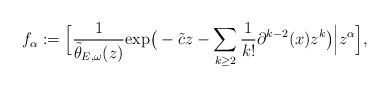
LaTeX: \begin{align*}f_\alpha:=\Big[{1\over\tilde\theta_{E,\omega}(z)}\mathrm{exp}\big(-\tilde c z-\sum_{k\geq 2}{1\over k!}\partial^{k-2}(x)z^k\big)\Big|z^\alpha\Big], \end{align*}